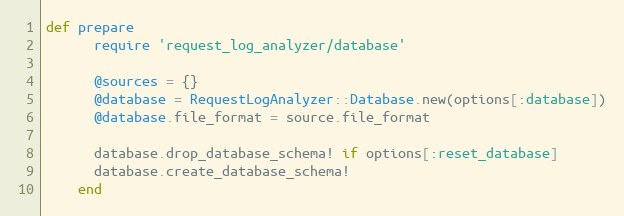
Language: Ruby
def prepare
      require 'request_log_analyzer/database'

      @sources = {}
      @database = RequestLogAnalyzer::Database.new(options[:database])
      @database.file_format = source.file_format

      database.drop_database_schema! if options[:reset_database]
      database.create_database_schema!
    end